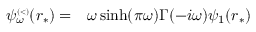
\begin{array} { r l } { \psi _ { \omega } ^ { \scriptscriptstyle ( < ) } ( r _ { * } ) = } & { { } \omega \sinh ( \pi \omega ) \Gamma ( - i \omega ) \psi _ { 1 } ( r _ { * } ) } \end{array}